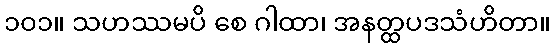
၁၀၁။ သဟဿမပိ စေ ဂါထာ၊ အနတ္ထပဒသံဟိတာ။